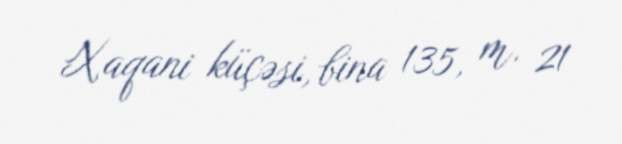
Xaqani küçəsi, bina 135, m. 21